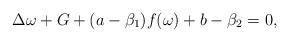
LaTeX: \begin{align*}\Delta\omega+G+(a-\beta_{1})f(\omega)+b-\beta_{2}=0,\end{align*}